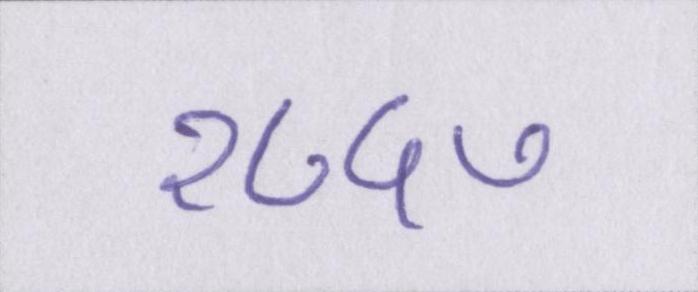
१८५७